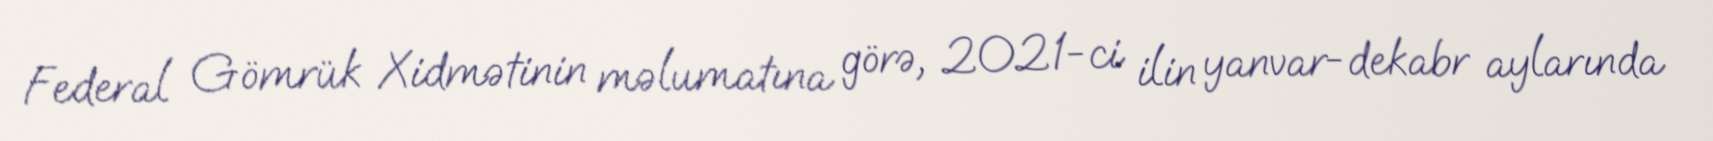
Federal Gömrük Xidmətinin məlumatına görə, 2021-ci ilin yanvar-dekabr aylarında